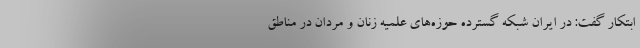
ابتکار گفت: در ایران شبکه گسترده حوزه‌های علمیه زنان و مردان در مناطق